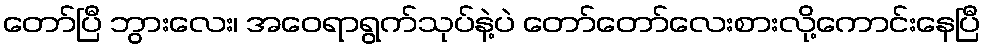
တော်ပြီ ဘွားလေး၊ အဝေရာရွက်သုပ်နဲ့ပဲ တော်တော်လေးစားလို့ကောင်းနေပြီ